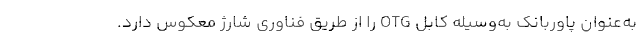
به‌عنوان پاوربانک به‌وسیله کابل OTG را از طریق فناوری شارژ معکوس دارد.